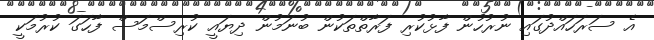
އެ ސަރަހައްދުގައި ނުރުހުން ފާޅުކުރި ފަރާތްތަކުން ބުނަމުން ދިޔައީ ކުރިސްމަސް ފާހަގަ ކުރުމަކީ